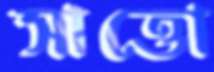
সাত্তো